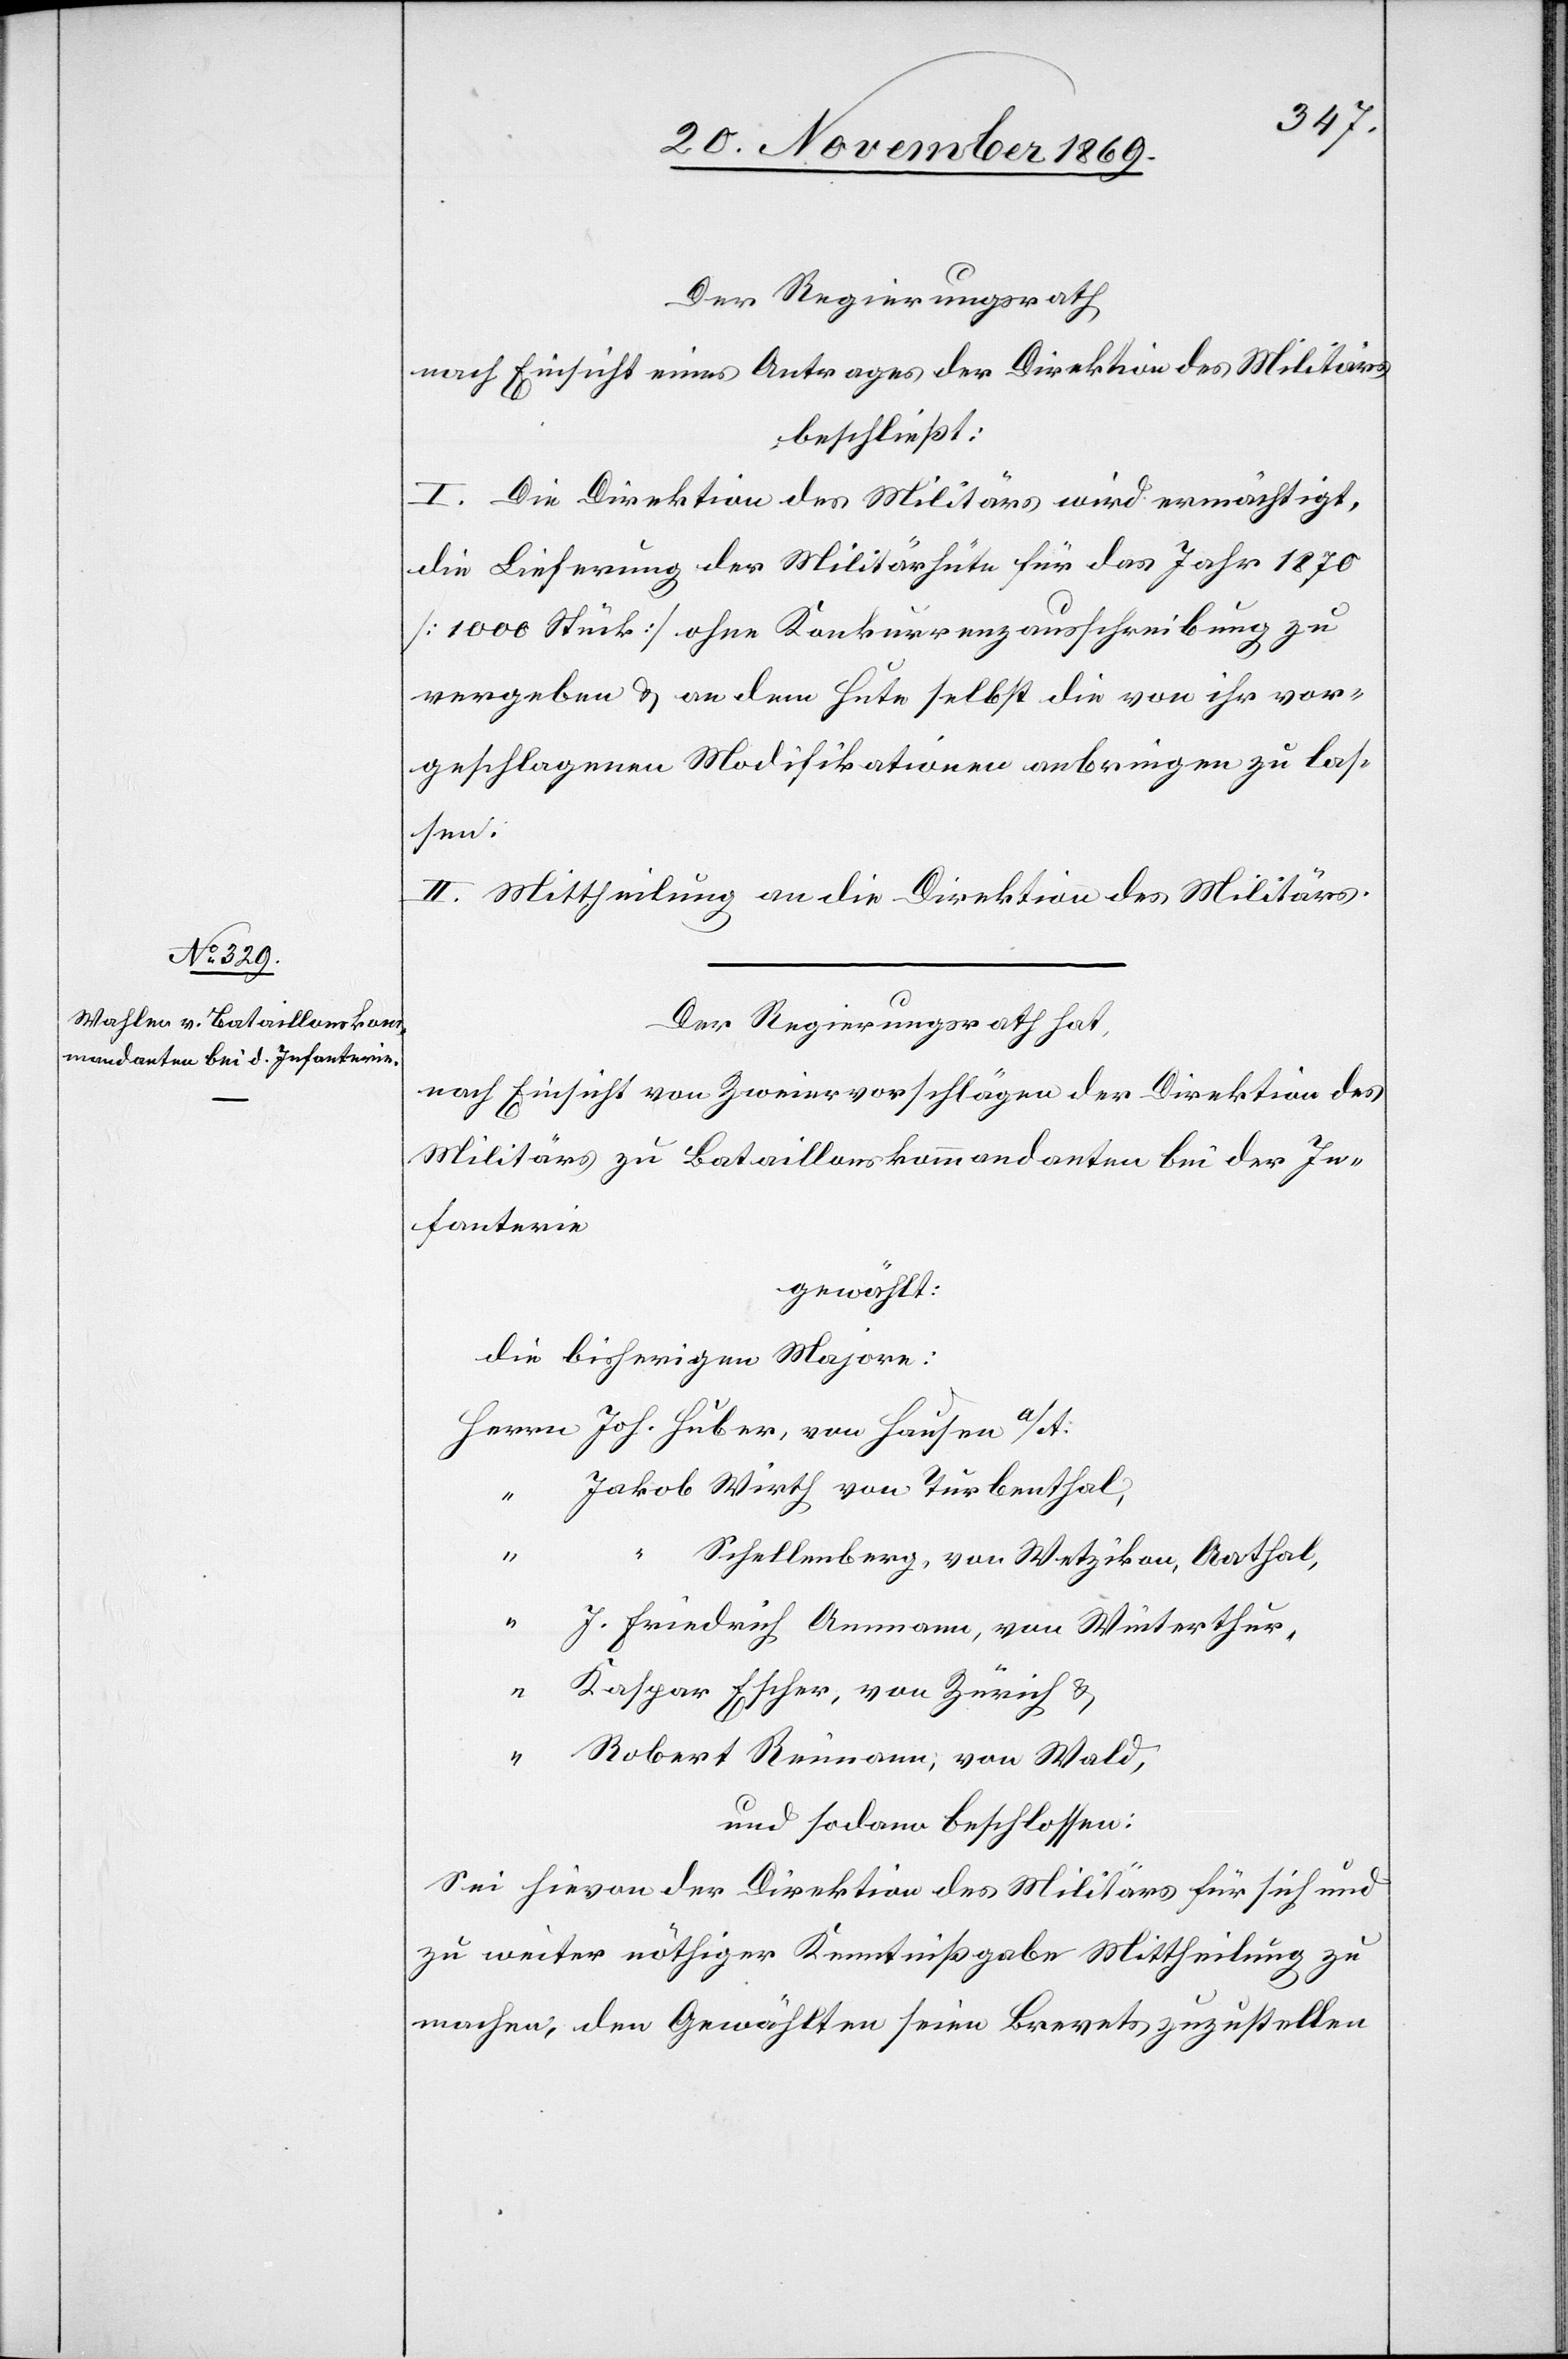
Der Regierungsrath
nach Einsicht eines Antrages der Direktion des Militärs
beschließt:
I. Die Direktion des Militärs wird ermächtigt,
die Lieferung der Militärhüte für das Jahr 1870
[1000 Stück] ohne Konkurrenzausschreibung zu
vergeben & an dem Hute selbst die von ihr vor¬
geschlagenen Modifikationen anbringen zu las¬
sen.
II. Mittheilung an die Direktion des Militärs.
Der Regierungsrath hat,
nach Einsicht von Zweiervorschlägen der Direktion des
Militärs zu Bataillonskommandanten bei der In¬
fanterie
gewählt:
die bisherigen Majore:
Herrn Joh. Huber, von Hausen a/A.
Jakob Wirth von Turbenthal,
“
“
Schellenberg, von Wetzikon, Aathal,
“ J. Friedrich Ammann, von Winterthur,
“ Kaspar Escher, von Zürich &
“ Robert Reimann, von Wald,
und sodann beschlossen:
Sei hievon der Direktion des Militärs für sich und
zu weiter nöthiger Kenntnißgabe Mittheilung zu
machen, den Gewählten seien Brevets zuzustellen